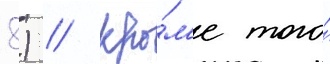
8) // Кро́м'е того́